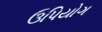
ઉપિયોગ